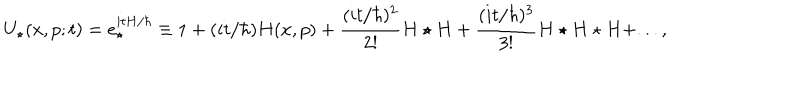
LaTeX: U _ { \star } ( x , p ; t ) = e _ { \star } ^ { i t H / \hbar } \equiv 1 + ( i t / \hbar ) H ( x , p ) + { \frac { ( i t / \hbar ) ^ { 2 } } { 2 ! } } H \star H + { \frac { ( i t / \hbar ) ^ { 3 } } { 3 ! } } H \star H \star H + . . . ,